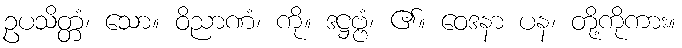
ဥပသိတ္တံ၊ သော။ ဝိညာဏံ၊ ကို။ ဒဋ္ဌဗ္ဗံ၊ ၏။ ဝေဒနာ ပန၊ တို့ကိုကား။